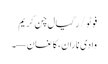
فوٹو/ رگیال چن کریم
وادی ناران، کاغان—۔